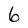
Character: 6